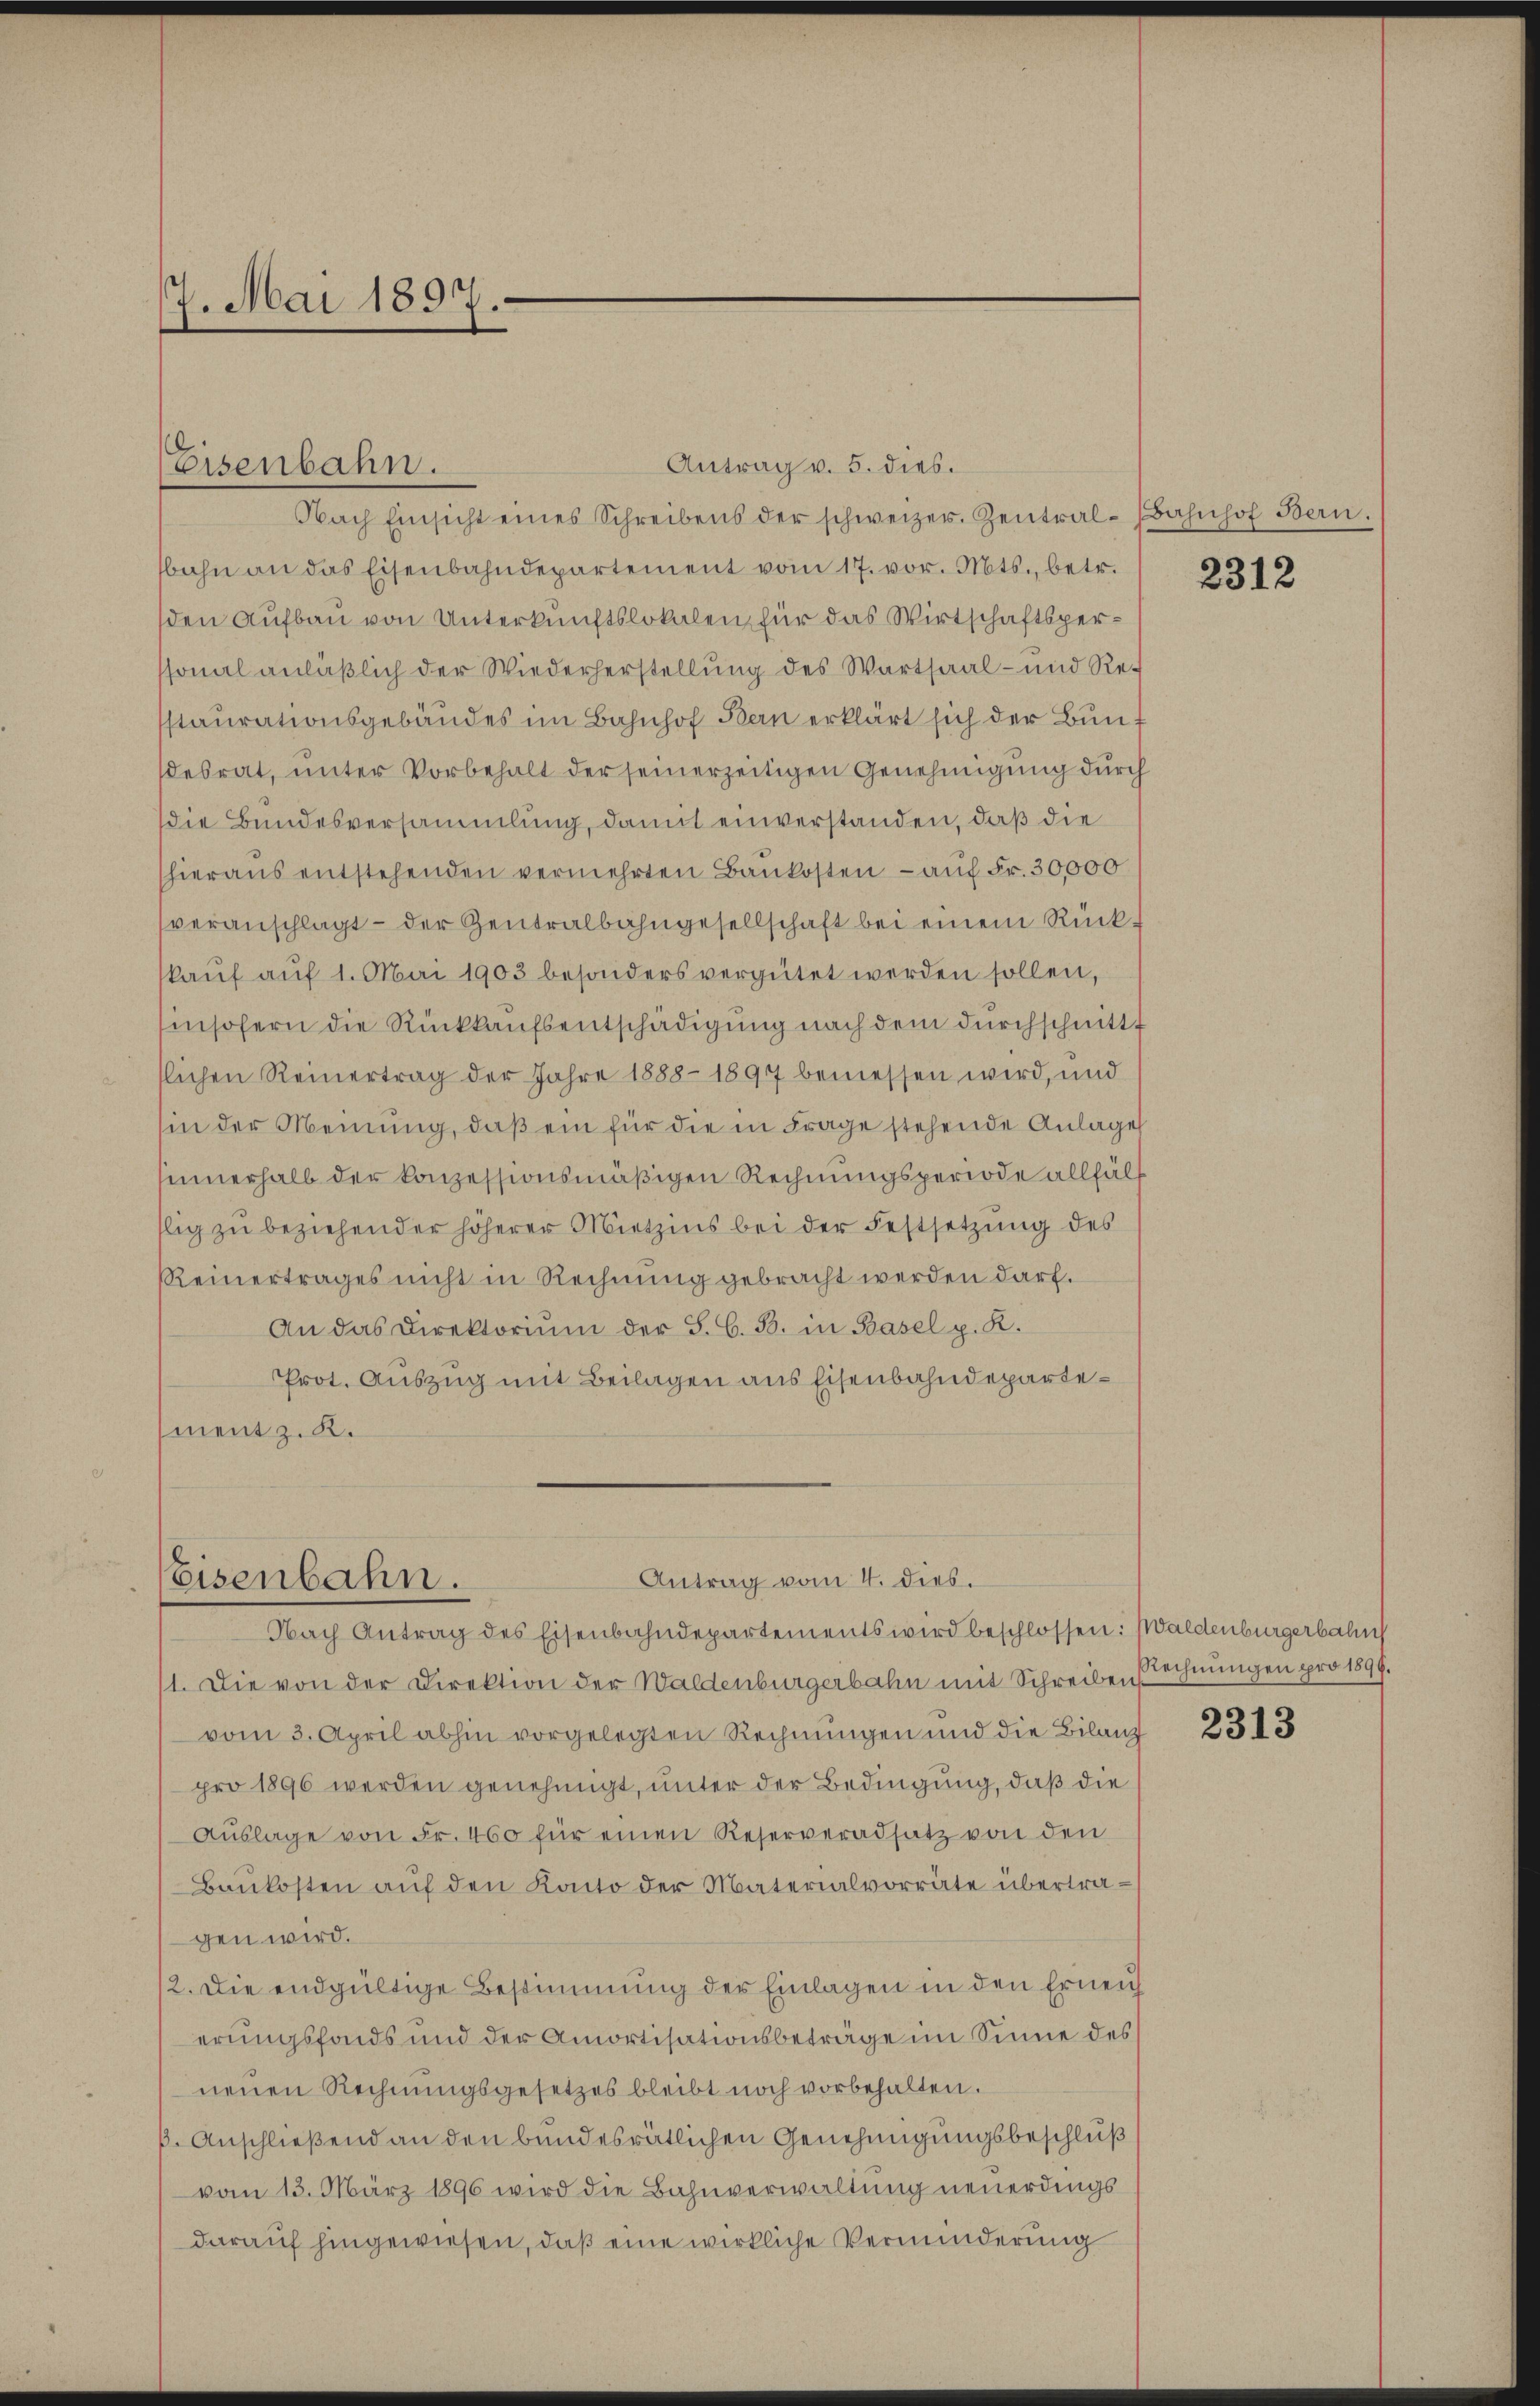
7. Mai 1897.

Antrag v. 5. dies.
Nach Einsicht eines Schreibens der schweizer. Zentral-Bahnhof Bern.
bahn an das Eisenbahndepartement vom 17. vor. Mts., betr.
den Aufbau von Unterkunftslokalen für das Wirtschaftsperssonal anläßlich der Wiederherstellung des Wartsaal- und Restaurationsgebäudes im Bahnhof Bern erklärt sich der Bun f
desrat, unter Vorbehalt der seinerzeitigen Genehmigung durch
die Bundesversammlung, damit einverstanden, daß die
hieraŭs entstehenden vermehrten Baukosten - auf Fr. 30,000
veranschlagt – der Zentralbahngesellschaft bei einem Rückkaŭf aŭf 1. Mai 1903 besonders vergütet werden sollen,
insofern die Rückkaŭfsentschädigung nach dem durchschnitt
slichen Reinertrag der Jahre 1888-1897 bemessen wird, und
sin der Meinung, daß ein für die in Frage stehende Anlage
innerhalb der konzessionsmäßigen Rechnungsperiode allfäl
lig zu beziehender höherer Mietzins bei der Festsetzung des
RReinertrages nicht in Rechnung gebracht werden darf.
An das Direktorium der J. G. B. in Basel p. K.
Prot. Auszug mit Beilagen aus Eisenbahndepartement z. K.

Eisenbahn.

Antrag vom 4. dies.
Eisenbahn.

11. Die von der Direktion der Waldenburgerbahn mit Schreiben Rechnungen pro 1899.
vom 3. April abhin vorgelegten Rechnungen und die Bilanz
pro 1896 werden genehmigt, unter der Bedingung, daß die
Auslage von Fr. 460 für einen Reserveradsatz von den
Baukosten auf den Konto der Materialvorräte übertragen wird.
2. Die endgültige Bestimmung der Einlagen in den Erneuch
erungsfonds und der Amortisationsbeträge im Sinne des
neŭen Rechnŭngsgesetzes bleibt noch vorbehalten.
ß. Anschließend an den bundesrätlichen Genehmigungsbeschluß
vom 13. März 1896 wird die Bahnverwaltung neuerdings
darauf hingewiesen, daß eine wirkliche Verminderung

Nach Antrag des Eisenbahndepartements wird beschlossen: Waldenburgerbahn

2312

2313